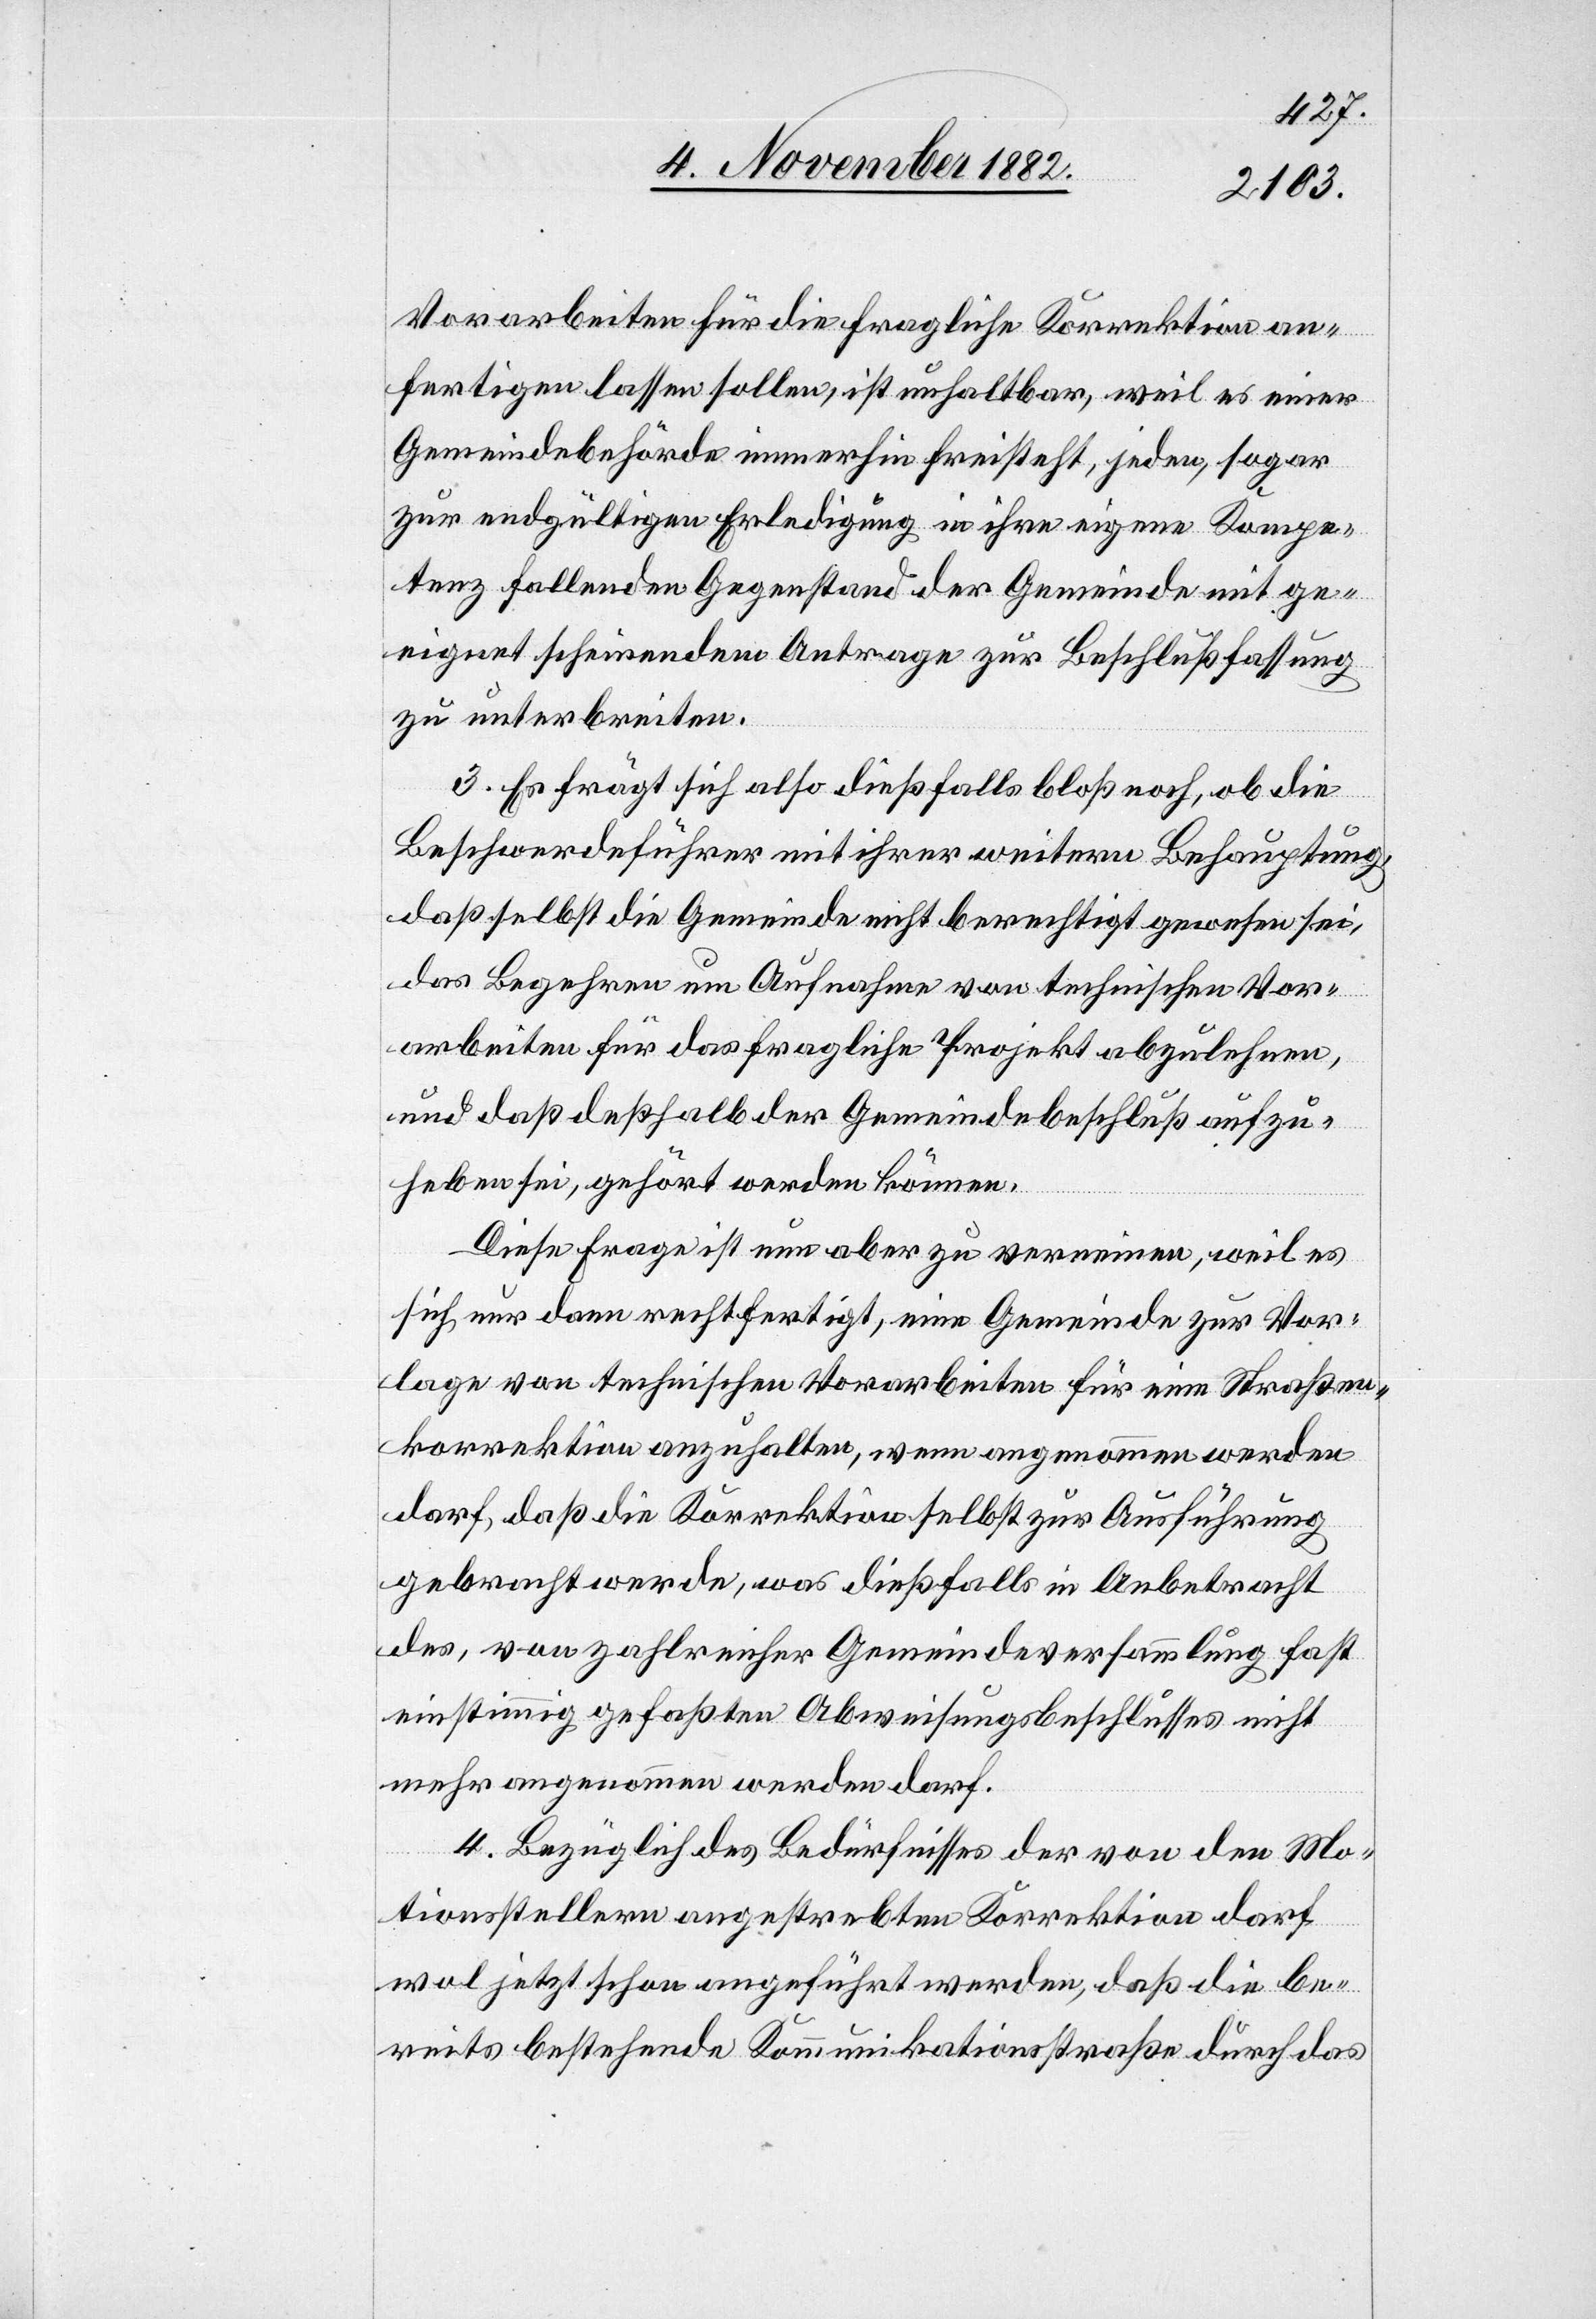
Vorarbeiten für die fragliche Korrektion an¬
fertigen lassen sollen, ist unhaltbar, weil es einer
Gemeindebehörde immerhin freisteht, jeden, sogar
zur endgültigen Erledigung in ihre eigene Kompe¬
tenz fallenden Gegenstand der Gemeinde mit ge¬
eignet scheinendem Antrage zur Beschlußfassung
zu unterbreiten.
3. Es frägt sich also dießfalls bloß noch, ob die
Beschwerdeführer mit ihrer weitern Behauptung,
daß selbst die Gemeinde nicht berechtigt gewesen sei,
das Begehren um Aufnahme von technischen Vor¬
arbeiten für das fragliche Projekt abzulehnen,
und daß deßhalb der Gemeindebeschluß aufzu¬
heben sei, gehört werden könne.
Diese Frage ist nun aber zu verneinen, weil es
sich nur dann rechtfertigt, eine Gemeinde zur Vor¬
lage von technischen Vorarbeiten für eine Straßen¬
korrektion anzuhalten, wenn angenommen werden
darf, daß die Korrektion selbst zur Ausführung
gebracht werde, was dießfalls in Anbetracht
des, von zahlreicher Gemeindeversammlung fast
einstimmig gefaßten Abweisungsbeschlusses nicht
mehr angenommen werden darf.
4. Bezüglich des Bedürfnisses der von den Mo¬
tionsstellern angestrebten Korrektion darf
wol jetzt schon angeführt werden, daß die be¬
reits bestehende Kommunikationsstraße durch das